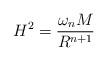
LaTeX: \begin{align*}H^2 = \frac{\omega_n M}{R^{n+1}}\end{align*}